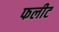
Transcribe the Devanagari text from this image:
फलीट